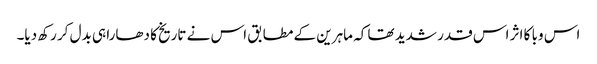
اس وبا کا اثر اس قدر شدید تھا کہ ماہرین کے مطابق اس نے تاریخ کا دھارا ہی بدل کر رکھ دیا۔